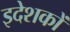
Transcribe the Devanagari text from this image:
इदेशकों